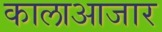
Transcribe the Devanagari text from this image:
कालाआजार